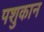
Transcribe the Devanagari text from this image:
पशुकान